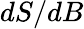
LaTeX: dS/dB